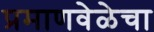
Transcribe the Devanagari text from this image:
प्रमाणवेळेचा